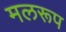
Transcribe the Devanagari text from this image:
मलरूप